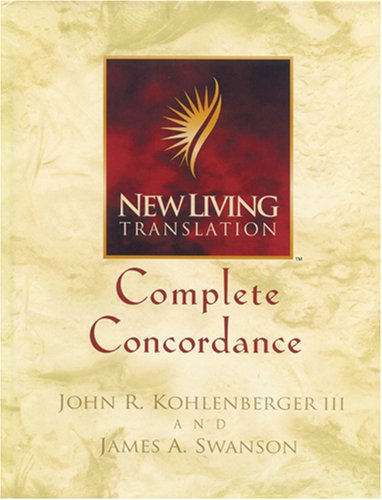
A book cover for New Living Translation Complete Concordance; James A. Swanson; Christian Books & Bibles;